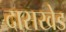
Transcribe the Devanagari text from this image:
दासखेड